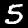
Label: 5